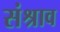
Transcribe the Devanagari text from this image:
संश्राव